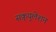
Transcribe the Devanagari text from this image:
सक्र्युलेशन